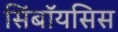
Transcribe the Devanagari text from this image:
सिंबॉयसिस